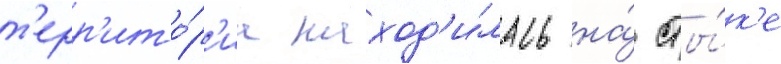
т'ерр'ито́р'иа наход'и́лась на́ сты́к'е